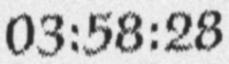
03:58:28